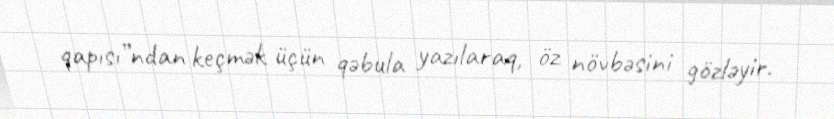
qapısı”ndan keçmək üçün qəbula yazılaraq, öz növbəsini gözləyir.